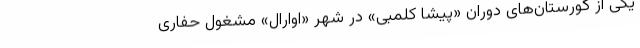
یکی از گورستان‌های دوران «پیشا کلمبی» در شهر «اوارال» مشغول حفاری